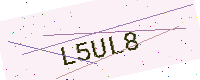
Text: L5UL8